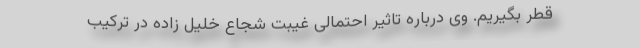
قطر بگیریم. وی درباره تاثیر احتمالی غیبت شجاع خلیل زاده در ترکیب